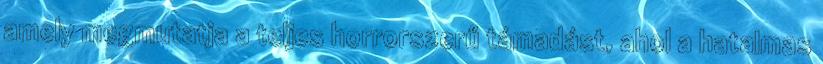
amely megmutatja a teljes horrorszerű támadást, ahol a hatalmas